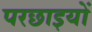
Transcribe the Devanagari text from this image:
परछाइयों